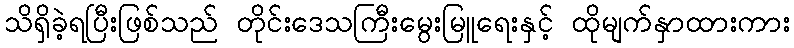
သိရှိခဲ့ရပြီးဖြစ်သည် တိုင်းဒေသကြီးမွေးမြူရေးနှင့် ထိုမျက်နှာထားကား